Scottish Leaving Certificate Examination, 1961
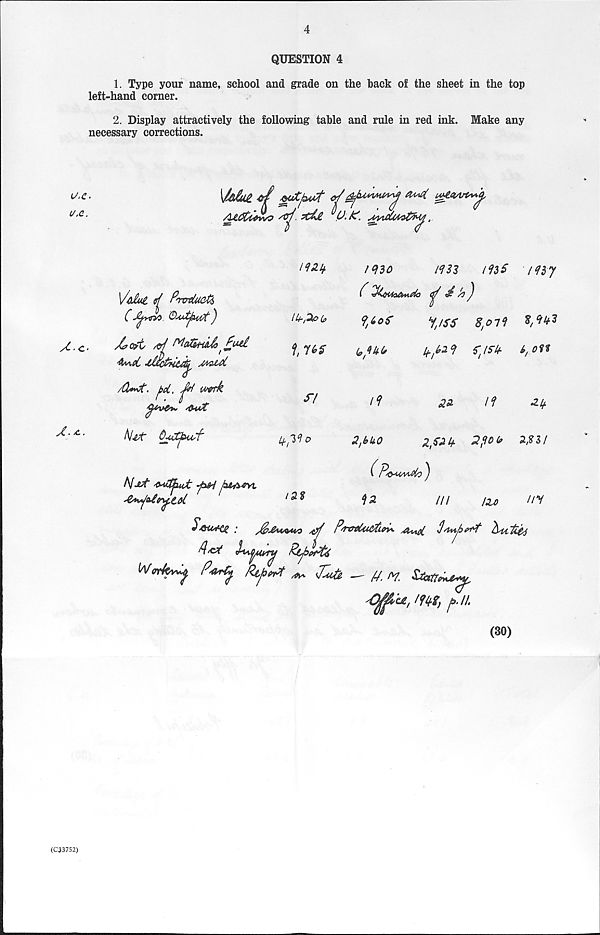
4
QUESTION 4
1. Type your name, school and grade on the hack of the sheet in the top
left-hand corner.
2. Display attractively the following table and rule in red ink. Make any
necessary corrections.
u.e.
u,c.
\Mce.
“ax'.
/ -
tAt&c(Art4*‘
7
HS-lj.
i<no
Xc-
A-
VtiAue. ef P'mdtf&fa
( Ajwy> OA/t^ct)
/C?o?t &! Ma&mJa'£utl
4m.oL
yMO&oC
/d**rf. j)d.
werk
^V^»v /buZ
CuZCjMZf-
N-JtA 'frutfuU
ktA-SYi.
Ik-j3&b
i V>§
im
ms my
(*
^ h’J
y/ss
S'Oii
If. {2^
f'/fk
6,011
ft
12%
/f
22
/f
21+
2X21+
2? Ob
2,%Zf
2,bk0
( P&UA*jfo')
U
///
I3J)
P&iort!g ;
P/r&tCucttoi*. ^U\ct 3'i^Jz
W<rrk^ Party
^ JPatu — rt. W.
Va, /?<+$, js. //.
(30)
(C33752)